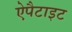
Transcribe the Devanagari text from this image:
ऐपैटाइट